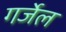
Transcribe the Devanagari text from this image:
गर्जेल